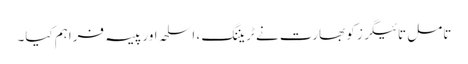
تامل تائیگرز کو بھارت نے ٹریننگ ، اسلحہ اور پیسہ فراہم کیا۔